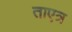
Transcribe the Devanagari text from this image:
ताएत्र